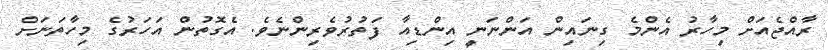
ރާއްޖެއަށް މިހާރު އެންމެ ގިނައިން އަންނަނީ އިންޑިއާ ފަތުރުވެރިންނެވެ. އެގޮތުން އަހަރުގެ މިހާތަނަށް